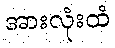
အားလုံးထံ